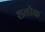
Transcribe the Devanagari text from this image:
शलोक